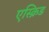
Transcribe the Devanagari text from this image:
एस्क्रिड